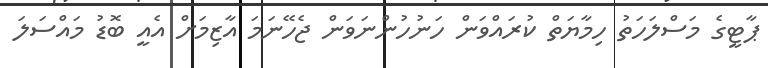
ޕާޓީގެ މަސްލަހަތު ހިމާޔަތް ކުރައްވަން ހަނުހުންނަވަން ޖެހޭނަމަ އާޒިމަށް އެއީ ބޮޑު މައްސަލަ